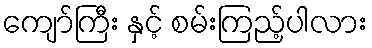
ကျော်ကြီး နှင့် စမ်းကြည့်ပါလား